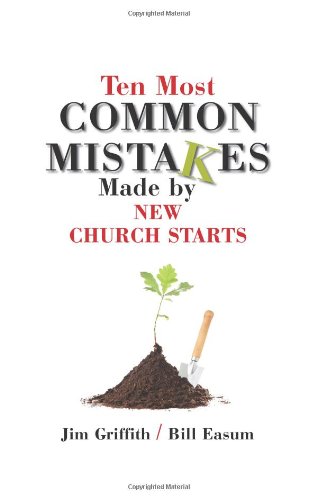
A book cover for Ten Most Common Mistakes Made by Church Starts; James Griffith; Christian Books & Bibles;